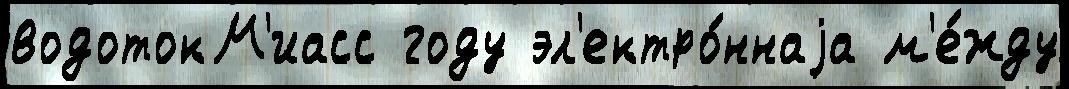
водотокМ'иасс году эл'ектро́ннаjа м'е́жду